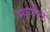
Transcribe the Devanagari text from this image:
म्हणेच